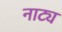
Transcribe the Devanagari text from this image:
नाट्य